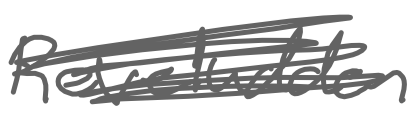
Text: Reveludden
Cross-out: scratch
Writing tool: digital_gray